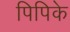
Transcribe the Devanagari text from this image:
पिपिके